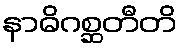
နာဓိဂစ္ဆတီတိ